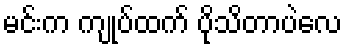
မင်းက ကျုပ်ထက် ပိုသိတာပဲလေ